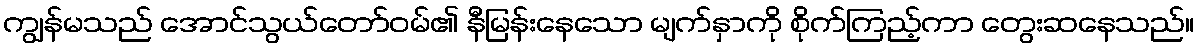
ကျွန်မသည် အောင်သွယ်တော်ဝမ်၏ နီမြန်းနေသော မျက်နှာကို စိုက်ကြည့်ကာ တွေးဆနေသည်။